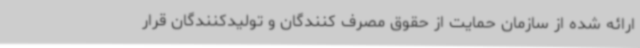
ارائه شده از سازمان حمایت از حقوق مصرف کنندگان و تولیدکنندگان قرار